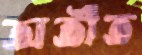
অতীত